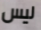
ليس